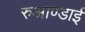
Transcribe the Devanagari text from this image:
रुआण्डाई